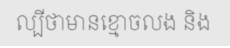
ល្បីថាមានខ្មោចលង និង